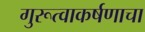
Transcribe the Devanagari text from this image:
गुरूत्वाकर्षणाचा